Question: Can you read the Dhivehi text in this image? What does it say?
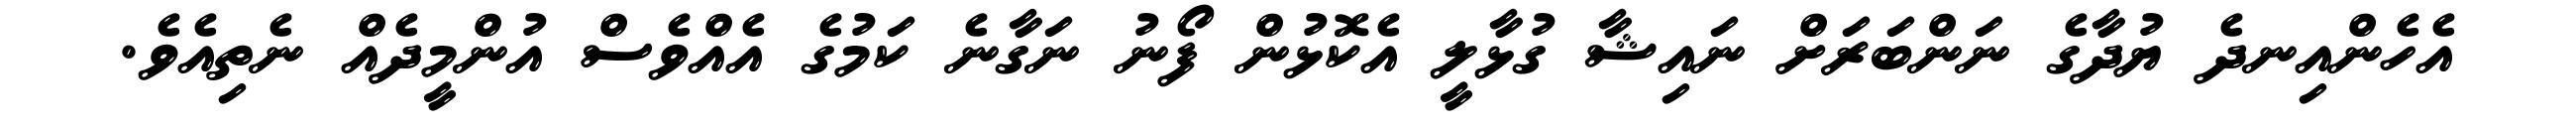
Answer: އެހެންއިނދެ ޔުދާގެ ނަންބަރަށް ނައިޝާ ގުޅާލީ އެކޮޅުން ފޯނު ނަގާނެ ކަމުގެ އެއްވެސް އުންމީދެއް ނެތިއެވެ.